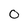
Character: 0